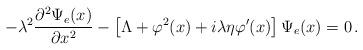
LaTeX: \begin{align*}-\lambda^2\frac{\partial^2 \Psi_e(x)}{\partial x^2} -\left[\Lambda + \varphi^2(x) + i\lambda\eta\varphi'(x)\right]\Psi_e(x)= 0\,.\end{align*}